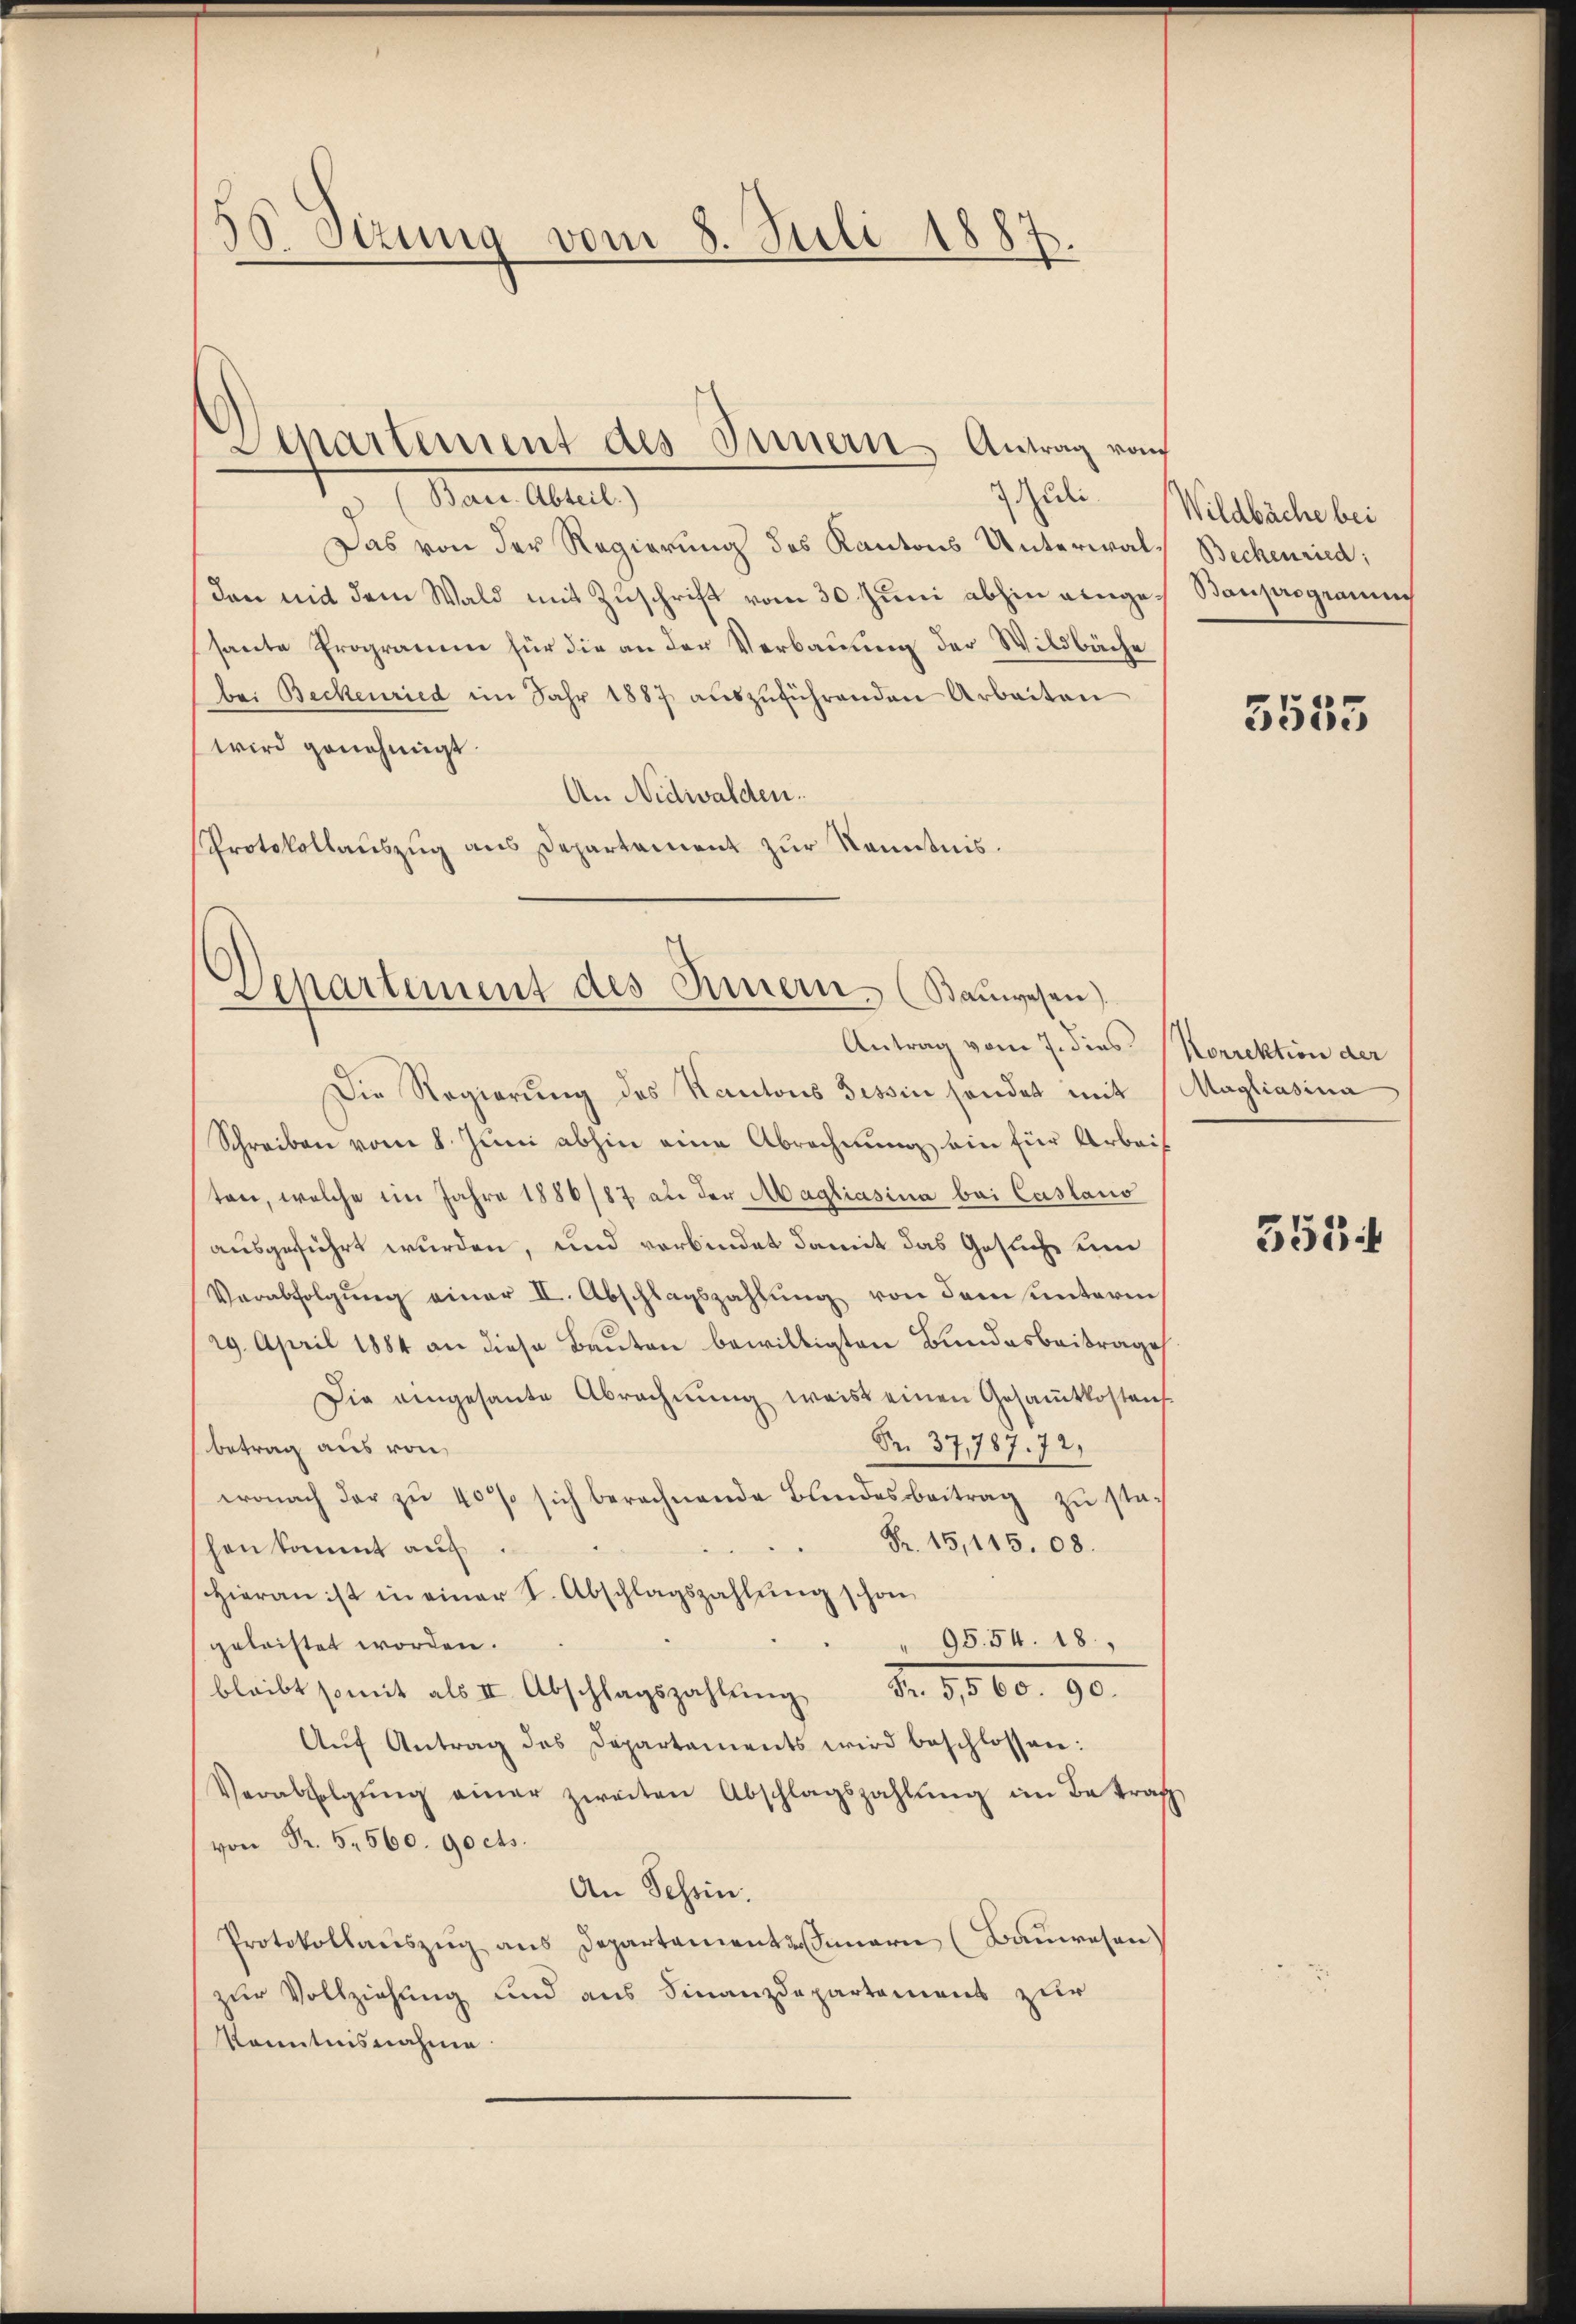
30. Sizung vom 8. Juli 1887.

Juli
(Bace. Abteil.)
Das von der Regierung des Kantons Unterwalden mit dem Wald mit Zuschrift vom 30. Juni abhin eingesante Programm für die an der Verbauung der Wildbäche
bei Beckenried im Jahr 1887 aŭszŭführenden Arbeiten
wird genehmigt.
An Nidwalden.
Protokollaŭszŭg ans Departement zŭr Kenntnis.

Departement des Innern Antrag von

Departement des Innern. (Baŭwesen)
Antrag vom 7. dies Korrektion der

Die Regierung des Kantons Tessin sonder mit Magliasina
Schreiben vom 8. Juni abhin eine Abrechnung ein für Arbeit
ten, welche im Jahre 1886/87 an der Magliasina bei Caslano
ausgeführt wurden, und verbindet damit das Gesuche um
Verabfolgung einer II. Abschlagszahlung von dem unterm
29. April 1884 an diese Bauten bewilligten Bundesbeitrage
Die eingesante Abrechnŭng weist einen Gesamtkostens
Nr. 37,787. 72.
betrag aus von
wonach der zŭ 40% sich berechnende Bundesbeitrag zŭ ste
Fr. 15, 145. 08.
hen kommt auf.
Hieran ist in einer S. Abschlagszahlŭng schon
" 95. 54. 18.
geleistet worden.
bleibt somit als II. Abschlagszahlŭng Fr. 5,560. 90.
Aŭf Antrag des Departaments wird beschlossen:
Verabfolgŭng einer zweiten Abschlagszahlŭng im Betraf
von Fr. 5. 560. 90 cts.
An Schein.
Protokollaŭszŭg ans Departements Innern (Bauwesen
zur Vollziehung und aus Finanzdepartement zur
Kenntnisnahme

Wildbäche bei
Bechenried;
Bauprogramm

3555

5534